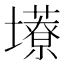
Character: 𫮹